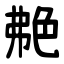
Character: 艴